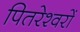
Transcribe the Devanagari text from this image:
पितरेश्वरों